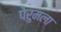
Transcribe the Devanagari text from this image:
पेरुमला